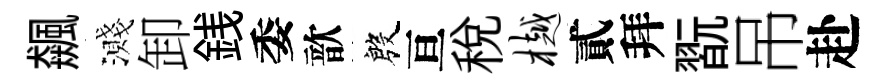
飆濺卸銭委歆殷亘稅樾貳拜翫吊赴